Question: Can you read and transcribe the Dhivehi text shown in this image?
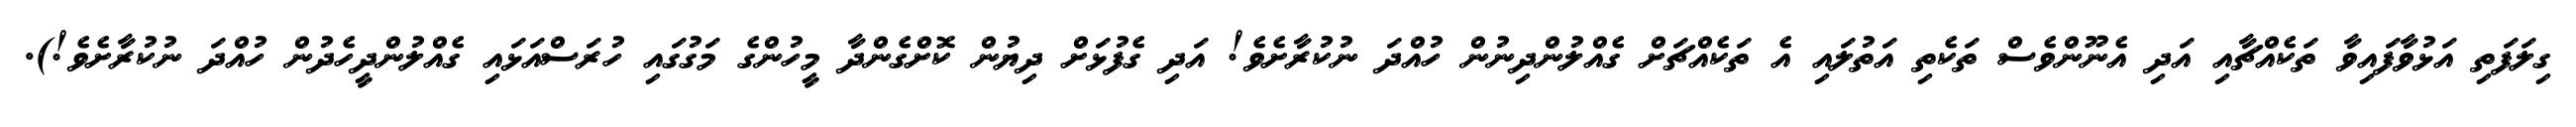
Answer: ގިލަފަތި އަޅުވާފައިވާ ތަކެއްޗާއި އަދި އެނޫންވެސް ތަކެތި އަތުލައި އެ ތަކެއްޗަށް ގެއްލުންދިނުން ހުއްދަ ނުކުރާށެވެ! އަދި ގެފުޅަށް ދިޔުން ކޮށްގެންދާ މީހުންގެ މަގުގައި ހުރަސްއަޅައި ގެއްލުންދީހެދުން ހުއްދަ ނުކުރާށެވެ!).